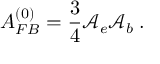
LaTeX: A _ { F B } ^ { ( 0 ) } = \frac 3 4 \mathcal { A } _ { e } \mathcal { A } _ { b } \; .